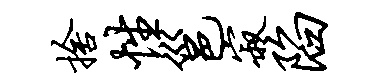
舍性邕寂陷